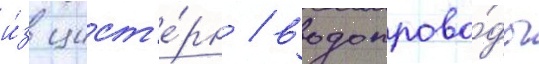
и́з цист'е́рн / водопрово́ды